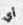
أي